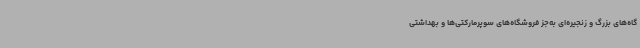
گاه‌های بزرگ و زنجیره‌ای به‌جز فروشگاه‌های سوپرمارکتی‌ها و بهداشتی